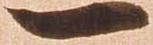
一